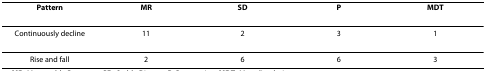
| Pattern | MR | SD | P | MDT |
 | --- | --- | --- | --- | --- |
 | Continuously decline | 11 | 2 | 3 | 1 |
 | Rise and fall | 2 | 6 | 6 | 3 |